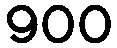
900